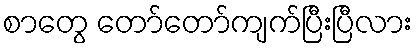
စာတွေ တော်တော်ကျက်ပြီးပြီလား